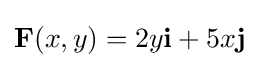
\mathbf {F} (x,y)=2y\mathbf {i} +5x\mathbf {j}